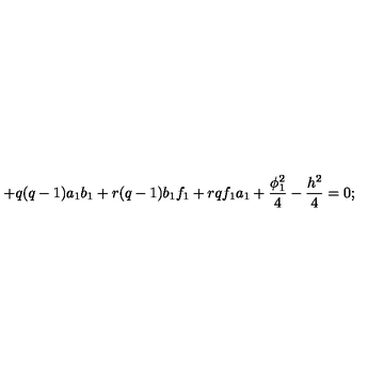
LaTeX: + q ( q - 1 ) a _ { 1 } b _ { 1 } + r ( q - 1 ) b _ { 1 } f _ { 1 } + r q f _ { 1 } a _ { 1 } + \frac { \phi _ { 1 } ^ { 2 } } { 4 } - \frac { h ^ { 2 } } { 4 } = 0 ;